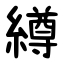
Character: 繜